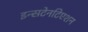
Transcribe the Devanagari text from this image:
इन्सटेनटिएशन